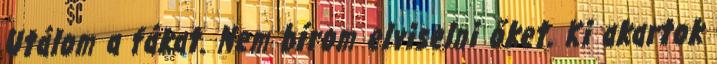
Utálom a fákat. Nem bírom elviselni őket. Ki akartok